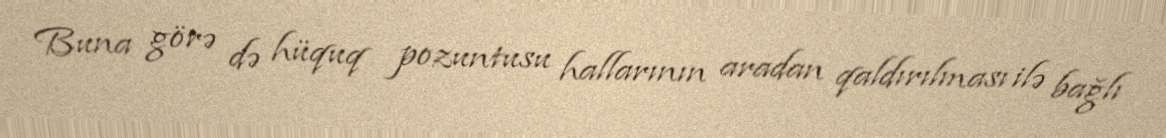
Buna görə də hüquq pozuntusu hallarının aradan qaldırılması ilə bağlı